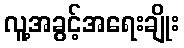
လူ့အခွင့်အရေးချိုး